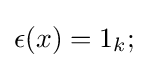
\epsilon (x)=1_{k};